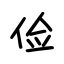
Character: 俭